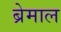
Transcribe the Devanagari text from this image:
ब्रेमाल